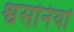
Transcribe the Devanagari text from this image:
श्वसनियों